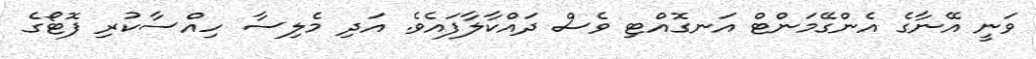
ވަނީ އޭނާގެ އެންގޭމަންޓް އަނގޮއްޓި ވެސް ދައްކާލާފައެވެ. އަދި މެލިސާ ހިއްސާކުރި ފޮޓޯގެ